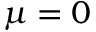
\mu = 0